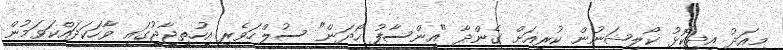
މިއަދު އިދިކޮޅު ކޯލިޝަނުން ކުރިއަށް ގެންދާ "އިންސާފު ހޯދަން" ސުލްހަވެރި އިހުތިޖާޖުގައި ވާހަކަދައްކަވަމުން